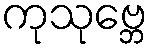
ကုသုဗ္ဘေ